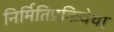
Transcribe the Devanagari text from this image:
निर्मितिप्रकियेचा